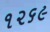
૧૨૬૯